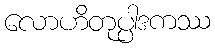
လောဟိတုပ္ပါဒကဿ